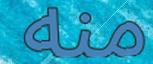
منه